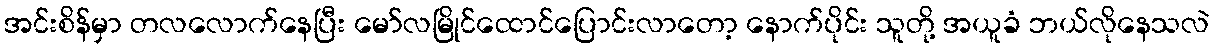
အင်းစိန်မှာ တလလောက်နေပြီး မော်လမြိုင်ထောင်ပြောင်းလာတော့ နောက်ပိုင်း သူတို့ အယူခံ ဘယ်လိုနေသလဲ